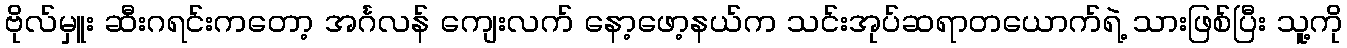
ဗိုလ်မှူး ဆီးဂရင်းကတော့ အင်္ဂလန် ကျေးလက် နော့ဖော့နယ်က သင်းအုပ်ဆရာတယောက်ရဲ့ သားဖြစ်ပြီး သူ့ကို